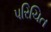
પરિચિત